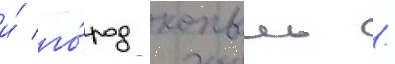
и́ го́род копыль /